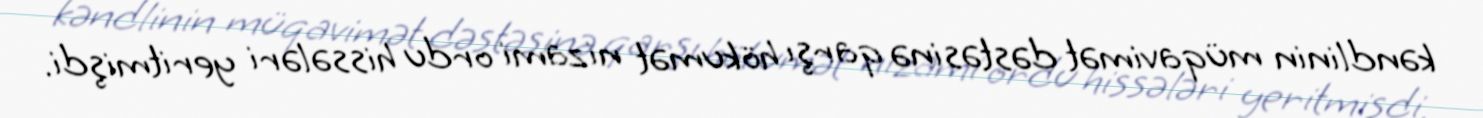
kəndlinin müqavimət dəstəsinə qarşı hökumət nizami ordu hissələri yeritmişdi.